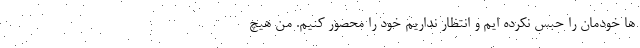
ها خودمان را حبس نکرده ایم و انتظار نداریم خود را محصور کنیم. من هیچ